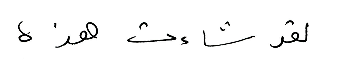
لقد شاءت هذه